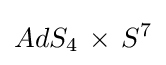
AdS_{4}\,\times \,S^{7}